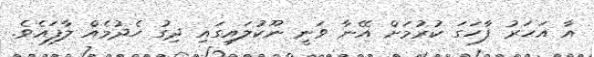
އާ އަހަރު ފާހަގަ ކުރުމަށް އޭނާ ވަނީ ނޫކުލައިގައި ދިގު ހެދުމެއް ލާފައެވެ.